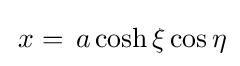
\,x=\,a\cosh \xi \cos \eta